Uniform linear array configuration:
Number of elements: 24
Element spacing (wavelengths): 0.25
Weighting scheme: exponential
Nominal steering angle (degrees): -15
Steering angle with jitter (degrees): -15.31
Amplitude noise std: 0.05
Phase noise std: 0.05

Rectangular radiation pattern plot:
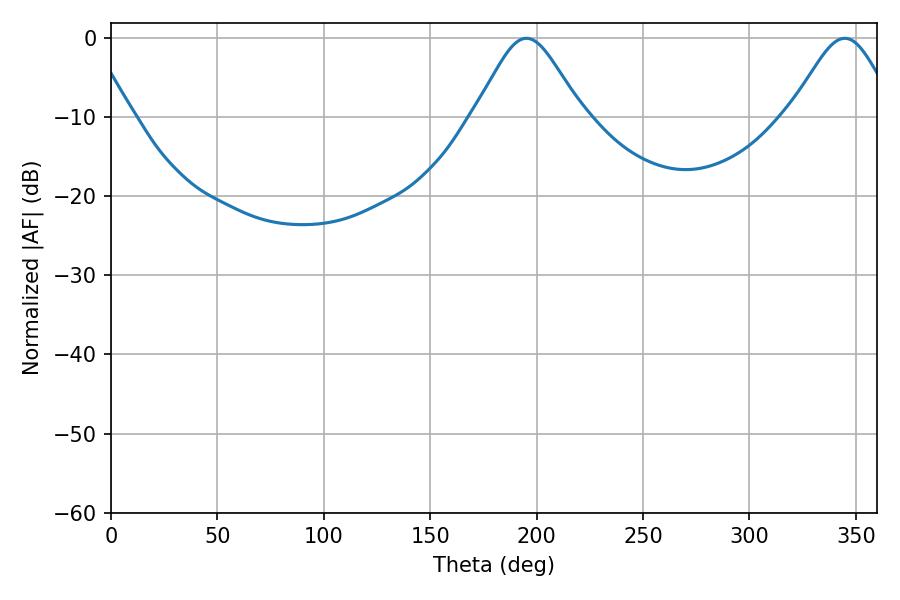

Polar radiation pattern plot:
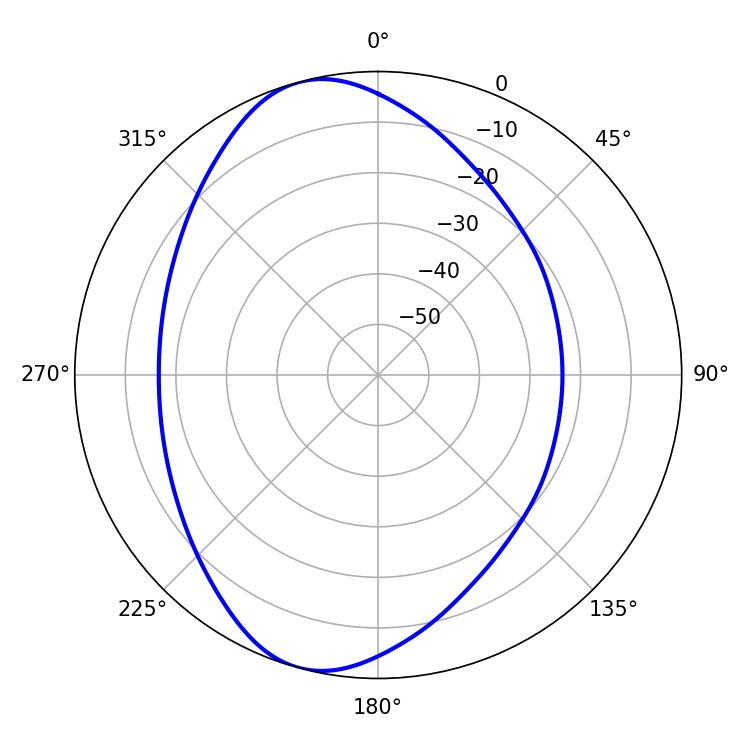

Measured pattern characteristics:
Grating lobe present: FALSE
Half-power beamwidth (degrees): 24.48
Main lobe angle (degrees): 195.12